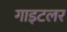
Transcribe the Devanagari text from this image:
गाइटलर